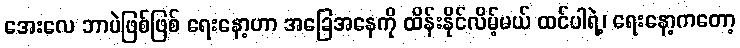
အေးလေ ဘာပဲဖြစ်ဖြစ် ရေးနော့ဟာ အခြေအနေကို ထိန်းနိုင်လိမ့်မယ် ထင်ပါရဲ့၊ ရေးနော့ကတော့